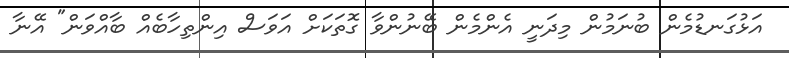
އަޅުގަނޑުމެން ބުނަމުން މިދަނީ އެންމެން ބޭނުންވާ ގޮތަކަށް އަވަސް އިންތިހާބެއް ބާއްވަން" އޭނާ